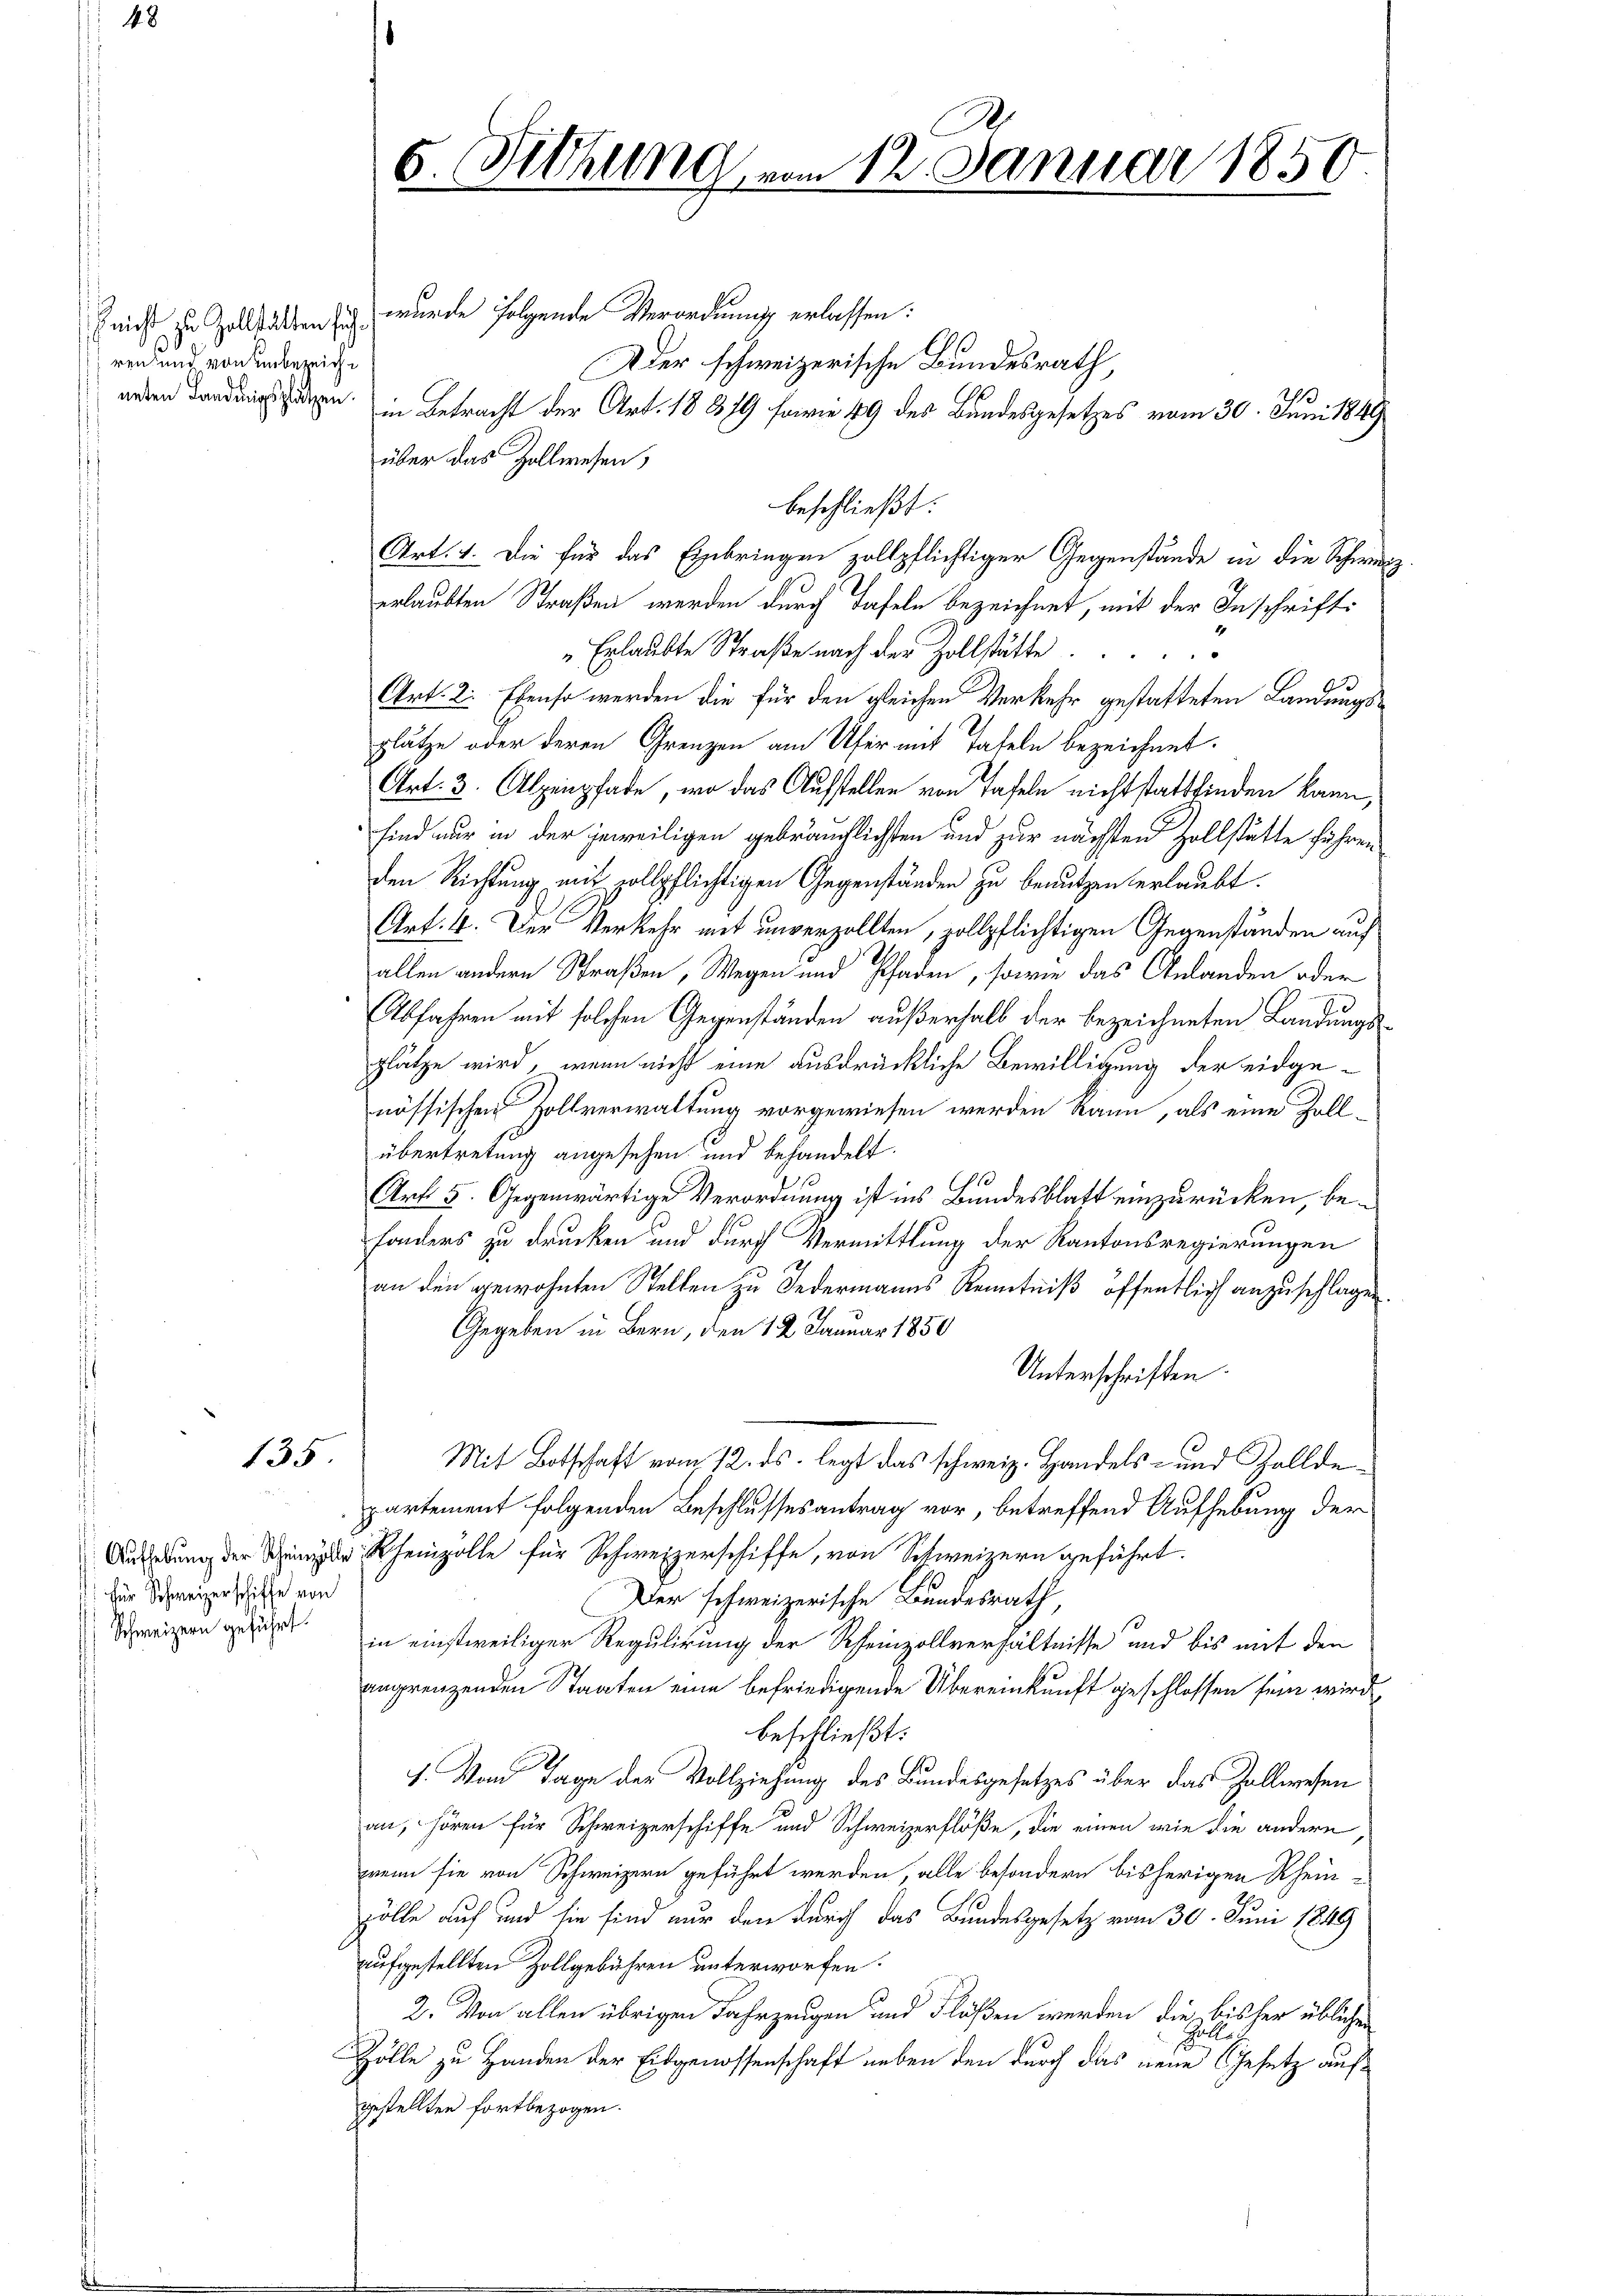
ren und von unbezeich¬

135

für Schweizerschiffe von
Schweizern geführt.

(nicht zu Zollkalten zu wurde folgende Verordnung erlassen:
Der schweizerische Bundesrath,
weden dardings sagen in Betracht der Art. 18379 foirie 49 des Bundesgesetzes vom 30. Juni 1849
über das Zollwesen,
beschließt:
Art. 4. Die für das Einbringen zollpflichtiger Gegenstände in die Schweerlaubten Straßen werden durch Tafeln bezeichnet, mit der Inschrift¬
"Erlaubte Straße nach der Zollstätte
Art. 2. Ebenso werden die für den gleichen Verkehr gestatteten Landungsplätze oder deren Grenzen am Ufer mit Tafeln bezeichnet.
Art. 3. Alpenpfade, wo das Aufstellen von Tafeln nichtstattfinden kann,
sind nur in der jeweiligen gebräuchlichsten und zur nächsten Zollstätte führen
den Richtung mit zollpflichtigen Gegenständen zu benutzen erlaubt.
Art: 4. Der Verkehr mit unverzollten, zollpflichtigen Gegenständen auf
allen andern Straßen, Wegen und Pfaden, sowie das Anlanden oder
Abfahren mit solchen Gegenständen außerhalb der bezeichneten Landungsplätze wird, wenn nicht eine ausdrückliche Bewilligung der eidgenössischen Zollverwaltung vorgewiesen werden kann, als eine Zollübertretung angesehen und behandelt.
10
Art 5. Gegenwärtige Verordnung ist ins Bundesblatt einzurücken, besonders zu drucken und durch Vermittlung der Kantonsregierungen
an den gewohnten Stellen zu Federmanns Kenntniß öffentlich anzuschlagen.
e
Gegeben in Bern, den 12. Januar 1850
Unterschriften.
Mit Botschaft vom 12. ds. legt das schweiz. Handels- und Zolldepartement folgenden Beschlussesantrag vor, betreffend Aufhebung der
Aufhebung der in Rheinzolle für Schweizerschiffe, von Schweizern geführt.
Der schweizerische Bundesrath,
in einstweiliger Regulirung der Rheinzollverhältnisse und bis mit den
angrenzenden Staaten eine befriedigende Übereinkunft geschlossen sein wird,
beschließt:
1. Vom Tage der Vollziehung des Bundesgesetzes über das Zollwesen
an, hören für Schweizerschiffe und Schweizerflöße, die einen wie die andern,
wenn sie von Schweizern geführt werden, alle besondern bisherigen Rheinzölle auf und sie sind nur den durch das Bundesgesetz vom 30. Juni 1849
aufgestellten Zollgebühren unterworfen.
2. Von allen übrigen Fahrzeugen und Flößen werden, die bisher üblichen
Galle
Zölle zu Handen der Eidgenossenschaft neben den durch das neue Gesetz aufgestellten fortbezogen.

6. Sitzung vom 12. Januar 1850